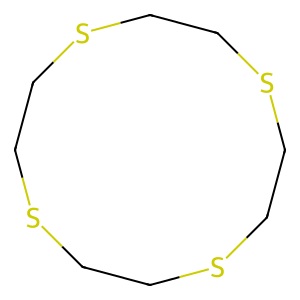
SMILES: C1CSCCSCCSCCS1
Inhibits HIV replication: No